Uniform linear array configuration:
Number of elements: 8
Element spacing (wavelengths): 0.5
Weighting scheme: cosine
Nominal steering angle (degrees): -45
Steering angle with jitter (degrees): -45.362
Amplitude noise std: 0.05
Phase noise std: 0.05

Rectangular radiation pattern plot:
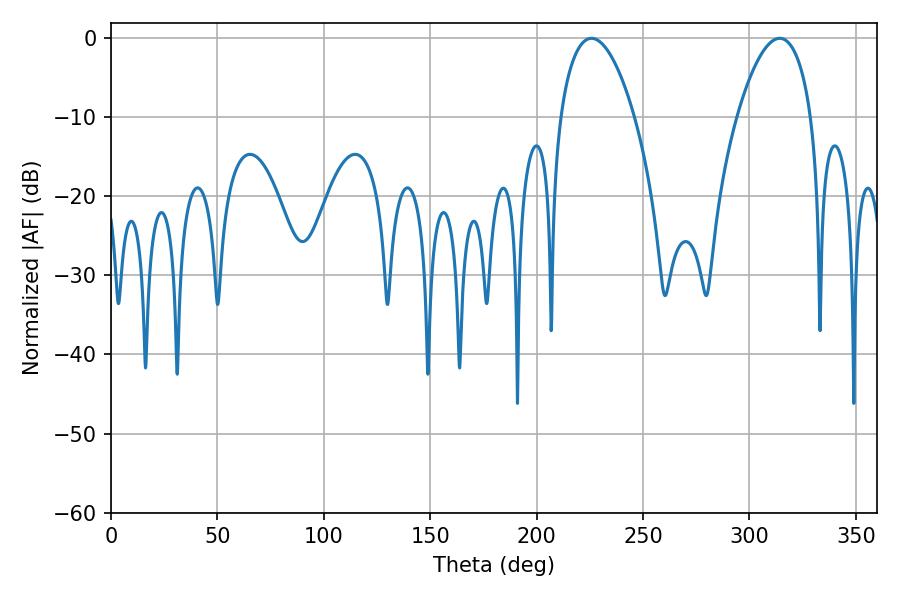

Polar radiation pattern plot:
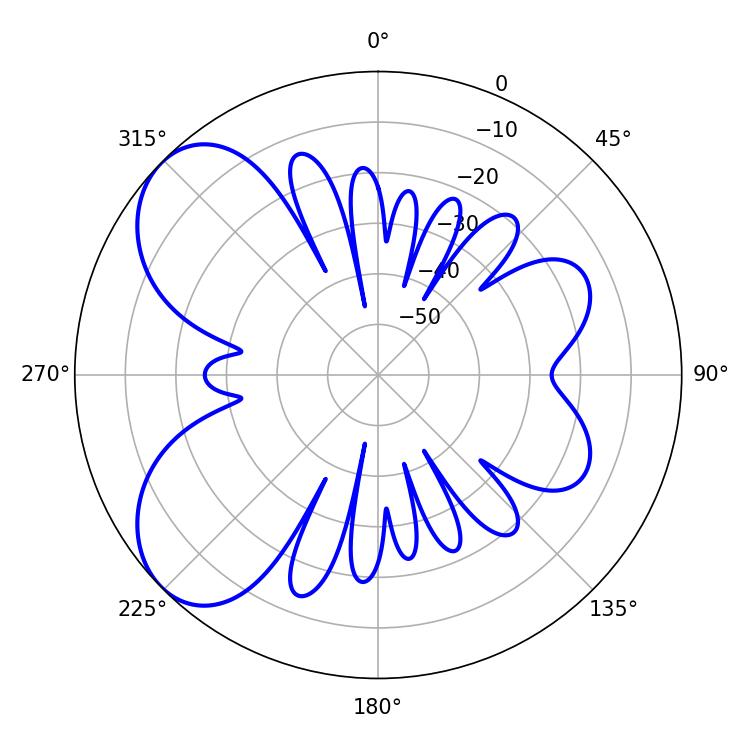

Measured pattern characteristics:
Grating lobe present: FALSE
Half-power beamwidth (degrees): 19.62
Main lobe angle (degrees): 225.72